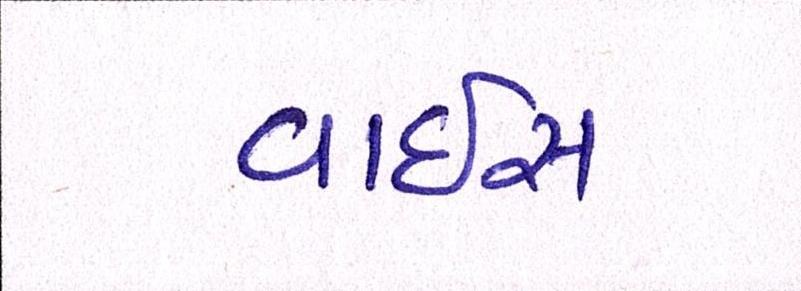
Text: વાઈસ